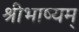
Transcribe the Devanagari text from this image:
श्रीभाष्यम्